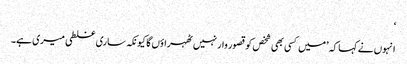
‘
انہوں نے کہا کہ ’میں کسی بھی شخص کو قصور وار نہیں ٹھہراؤں گا کیونکہ ساری غلطی میری ہے۔